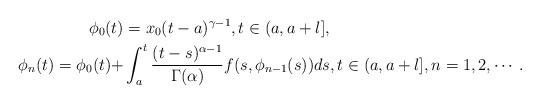
LaTeX: \begin{align*} \phi_0(t)&=x_0(t-a)^{\gamma-1},t\in(a,a+l], \\ \phi_n(t)=\phi_0(t)+&\int_{a}^{t}\frac{(t-s)^{\alpha-1}}{\Gamma(\alpha)}f(s,\phi_{n-1}(s))ds,t\in(a,a+l],n=1,2,\cdots.\end{align*}